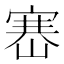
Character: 𡺶